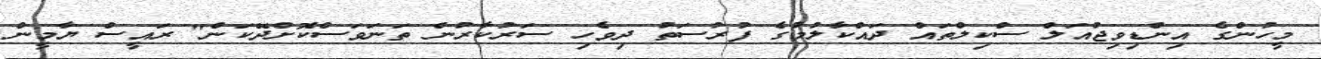
މީހުންގެ އިންޑިވިޖުއަލް ސްކިލްތައް ދައްކާލުމުގެ ފުރުސަތު ދިވެހި ސަރުކާރުން ތަނަވަސްކޮށްދޭކަން" ރައީސް ޔާމީން